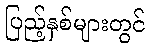
ပြည့်နှစ်များတွင်